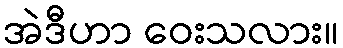
အဲဒီဟာ ဝေးသလား။